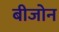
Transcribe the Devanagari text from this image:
बीजोन